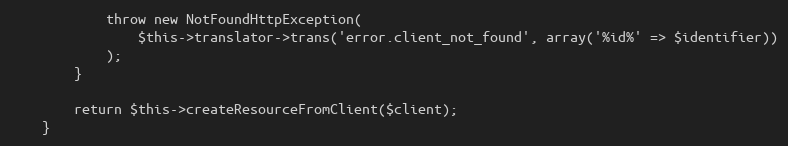
Language: PHP
            throw new NotFoundHttpException(
                $this->translator->trans('error.client_not_found', array('%id%' => $identifier))
            );
        }

        return $this->createResourceFromClient($client);
    }